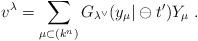
LaTeX: \begin{align*}v^{\lambda }=\sum_{\mu\subset (k^{n})}G_{\lambda ^{\vee }}(y_{\mu }|\ominus t^{\prime })Y_{\mu }\;.\end{align*}